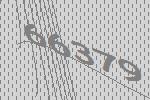
66379